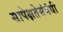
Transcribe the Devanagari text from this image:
सापेक्षतेसंबंधी